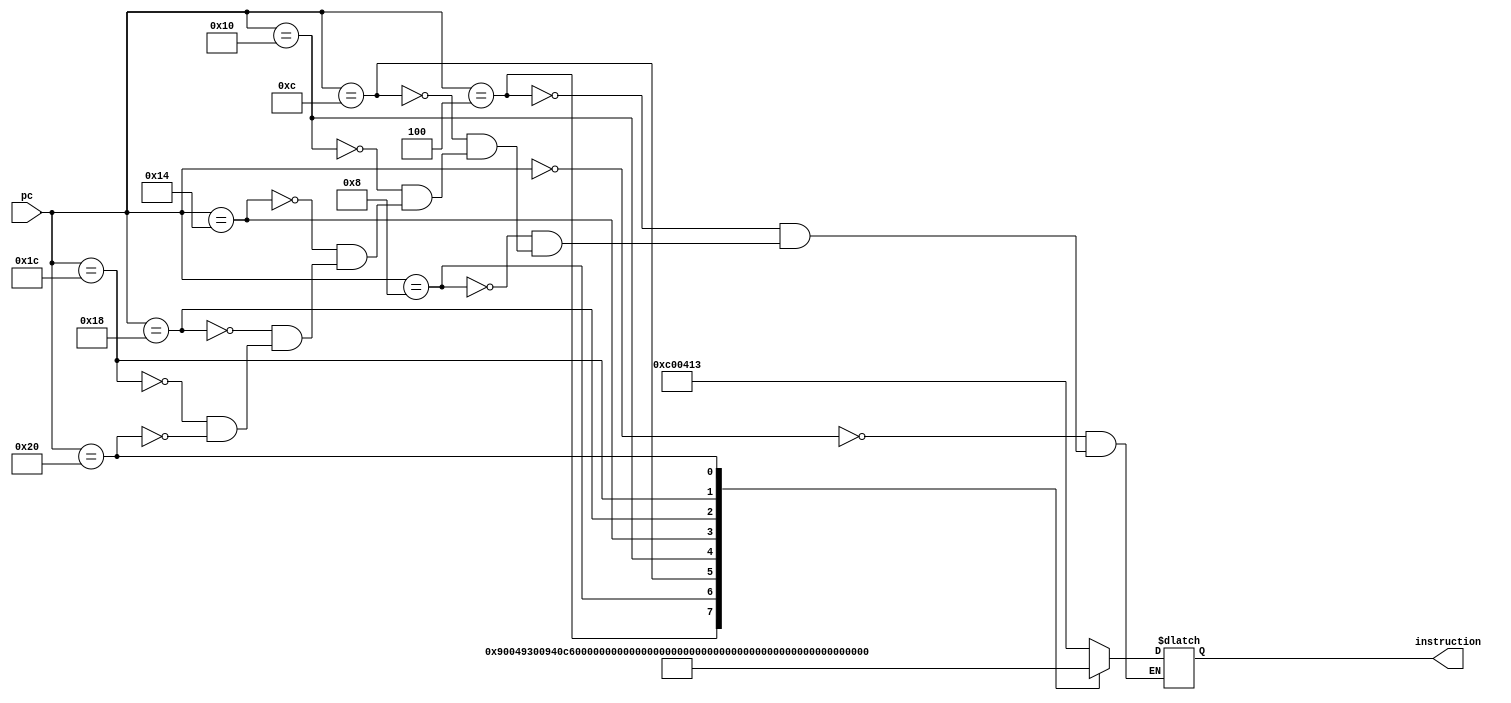
`timescale 1ns / 1ps
//////////////////////////////////////////////////////////////////////////////////
// Company: 
// Engineer: 
// 
// Design Name: 
// Module Name: instruction_memory
// Project Name: 
// Target Devices: 
// Tool Versions: 
// Description: 
// 
// Dependencies: 
// 
// Revision:
// Revision 0.01 - File Created
// Additional Comments:
// 
//////////////////////////////////////////////////////////////////////////////////


module instruction_memory (input [31:0] pc,output reg [31:0] instruction);

 always@(*) begin
 case(pc)
 
 32'h0: instruction =  32'h00C00413;  	//addi x8 , x0 , 12
 32'h4: instruction =  32'h00900493; 	//addi x9 , x0 , 9	
 //gcd :
 32'h8: instruction =  32'h00940C63; 	//beq x8 , x9 , stop	
 32'hC: instruction =  32'h00944663; 	//blt x8 , x9 , less  
 32'h10: instruction = 32'h40940433; 	//sub x8 , x8 , x9	
 32'h14: instruction = 32'hFE000AE3; 	//beq x0 , x0 , gcd
 //less :
 32'h18: instruction = 32'h408484B3; 	//sub x9 , x9 , x8	
 32'h1C: instruction = 32'hFE0006E3; 	//beq x0 , x0 , gcd	
 //stop :
 32'h20: instruction = 32'h00000063; 	//beq x0 , x0 , stop	

 endcase
 end
endmodule